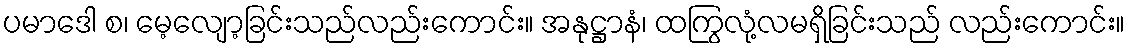
ပမာဒေါ စ၊ မေ့လျော့ခြင်းသည်လည်းကောင်း။ အနုဋ္ဌာနံ၊ ထကြွလုံ့လမရှိခြင်းသည် လည်းကောင်း။